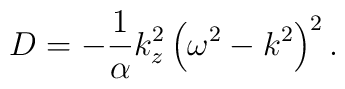
D=-{1\over \alpha}k_{z}^{2}\left(\omega^{2}-k^{2}\right)^{2}.